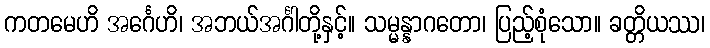
ကတမေဟိ အင်္ဂေဟိ၊ အဘယ်အင်္ဂါတို့နှင့်။ သမ္မန္နာဂတော၊ ပြည့်စုံသော။ ခတ္တိယဿ၊